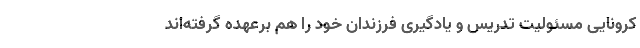
کرونایی مسئولیت تدریس و یادگیری فرزندان خود را هم برعهده گرفته‌اند